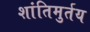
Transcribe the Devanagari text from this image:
शांतिमुर्तय